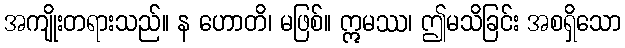
အကျိုးတရားသည်။ န ဟောတိ၊ မဖြစ်။ ဣမဿ၊ ဤမသိခြင်း အစရှိသော